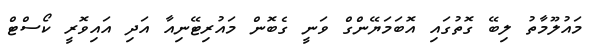
މައުލޫމާތު ލިބޭ ގޮތުގައި އޮބަމަޔޭންގް ވަނީ ގެބޮން މައުރިޓޭނިއާ އަދި އައިވޮރީ ކޯސްޓް